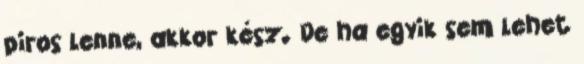
piros lenne, akkor kész. De ha egyik sem lehet